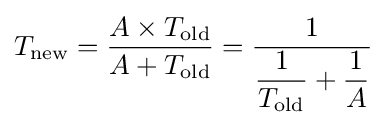
T_{\text{new}}={\frac {A\times T_{\text{old}}}{A+T_{\text{old}}}}={\frac {1}{{\dfrac {1}{T_{\text{old}}}}+{\dfrac {1}{A}}}}